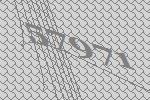
57971